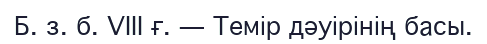
Б. з. б. VIII ғ. — Темір дәуірінің басы.